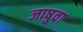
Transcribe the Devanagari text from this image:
जाषुवा